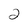
Character: 2